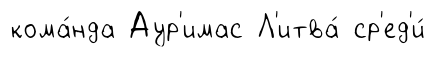
кома́нда Аур'имас Л'итва́ ср'ед'и́